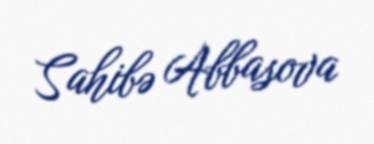
Sahibə Abbasova